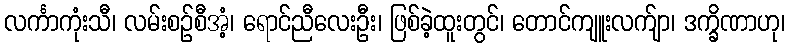
လင်္ကာကုံးသီ၊ လမ်းစဉ်စီအံ့၊ ရောင်ညီလေးဦး၊ ဖြစ်ခဲ့ထူးတွင်၊ တောင်ကျူးလက်ျာ၊ ဒက္ခိဏာဟု၊